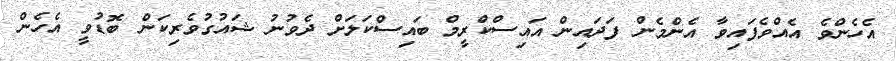
އެހެންވެ އެއްވެފައިވާ އެންމެން ފަދައިން އައިސްކްރީމް ބައިސްކަލަށް ދެވުނު ޝައުގުވެރިކަން ބޮޑުވީ އެހެން